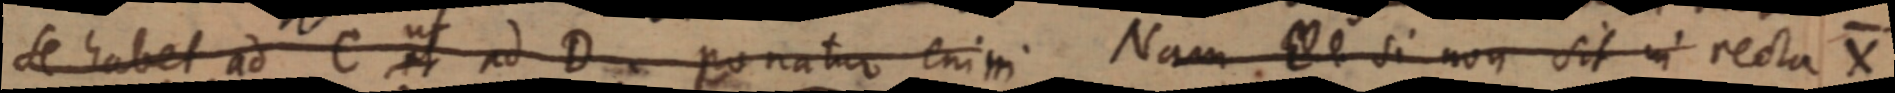
se habet ad C et ad D ponatur enim. Nam _ si non sit in recta X